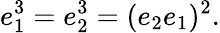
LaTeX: e_{1}^{3}=e_{2}^{3}=(e_{2}e_{1})^{2}.